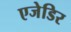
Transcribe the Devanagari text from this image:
एजेडिर